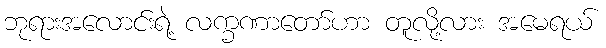
ဘုရားအလောင်းရဲ့ လက္ခဏာတော်ဟာ တူလို့လား အမေရယ်